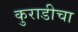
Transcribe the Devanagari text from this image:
कुराडीचा